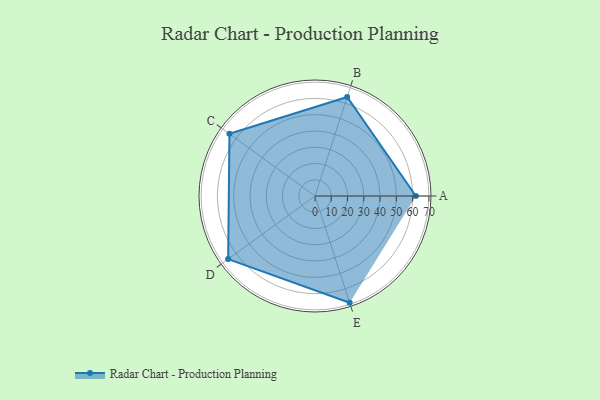
{"axis": {"x": "Skill", "y": "Score"}, "legend": ["Profile"], "data": [{"x": "A", "y": 62.0, "type": "Profile"}, {"x": "B", "y": 64.0, "type": "Profile"}, {"x": "C", "y": 65.0, "type": "Profile"}, {"x": "D", "y": 66.0, "type": "Profile"}, {"x": "E", "y": 69.0, "type": "Profile"}]}